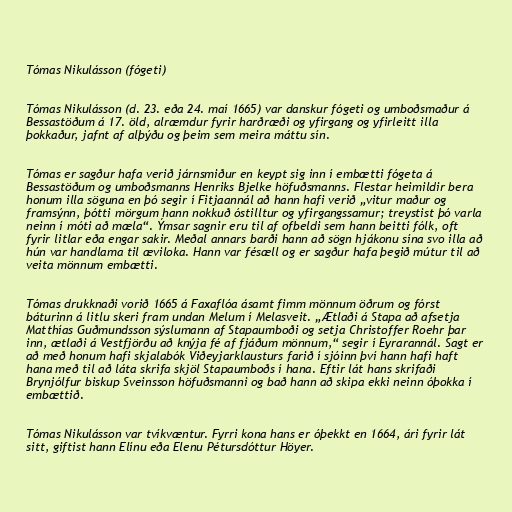
Tómas Nikulásson (fógeti)

Tómas Nikulásson (d. 23. eða 24. maí 1665) var danskur fógeti og umboðsmaður á
Bessastöðum á 17. öld, alræmdur fyrir harðræði og yfirgang og yfirleitt illa
þokkaður, jafnt af alþýðu og þeim sem meira máttu sín.

Tómas er sagður hafa verið járnsmiður en keypt sig inn í embætti fógeta á
Bessastöðum og umboðsmanns Henriks Bjelke höfuðsmanns. Flestar heimildir bera
honum illa söguna en þó segir í Fitjaannál að hann hafi verið „vitur maður og
framsýnn, þótti mörgum hann nokkuð óstilltur og yfirgangssamur; treystist þó varla
neinn í móti að mæla“. Ýmsar sagnir eru til af ofbeldi sem hann beitti fólk, oft
fyrir litlar eða engar sakir. Meðal annars barði hann að sögn hjákonu sína svo illa að
hún var handlama til æviloka. Hann var fésæll og er sagður hafa þegið mútur til að
veita mönnum embætti.

Tómas drukknaði vorið 1665 á Faxaflóa ásamt fimm mönnum öðrum og fórst
báturinn á litlu skeri fram undan Melum í Melasveit. „Ætlaði á Stapa að afsetja
Matthías Guðmundsson sýslumann af Stapaumboði og setja Christoffer Roehr þar
inn, ætlaði á Vestfjörðu að knýja fé af fjáðum mönnum,“ segir í Eyrarannál. Sagt er
að með honum hafi skjalabók Viðeyjarklausturs farið í sjóinn því hann hafi haft
hana með til að láta skrifa skjöl Stapaumboðs í hana. Eftir lát hans skrifaði
Brynjólfur biskup Sveinsson höfuðsmanni og bað hann að skipa ekki neinn óþokka í
embættið.

Tómas Nikulásson var tvíkvæntur. Fyrri kona hans er óþekkt en 1664, ári fyrir lát
sitt, giftist hann Elínu eða Elenu Pétursdóttur Höyer.